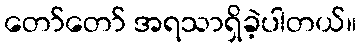
တော်တော် အရသာရှိခဲ့ပါတယ်။